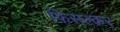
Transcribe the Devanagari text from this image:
फ़िसल्कर